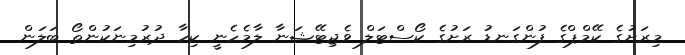
މިރަށުގެ ކޭމްޕްގެ ފުންގަނޑު ރަށުގެ ކޯސްޓަލް ވެޖިޓޭޝަނާ ލާމެހެނީ ކިހާ ދުރުމިނަކުންތޯ ބަލަން